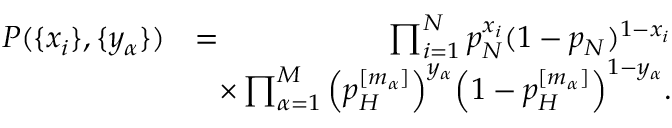
\begin{array} { r l r } { P ( \{ x _ { i } \} , \{ y _ { \alpha } \} ) } & { = } & { \prod _ { i = 1 } ^ { N } p _ { N } ^ { x _ { i } } ( 1 - p _ { N } ) ^ { 1 - x _ { i } } } \\ & { } & { \! \! \! \! \! \! \times \prod _ { \alpha = 1 } ^ { M } \Big ( p _ { H } ^ { [ m _ { \alpha } ] } \Big ) ^ { y _ { \alpha } } \Big ( 1 - p _ { H } ^ { [ m _ { \alpha } ] } \Big ) ^ { 1 - y _ { \alpha } } . } \end{array}